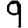
Digit: 9